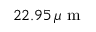
2 2 . 9 5 \, \mu \mathrm { ~ m ~ }